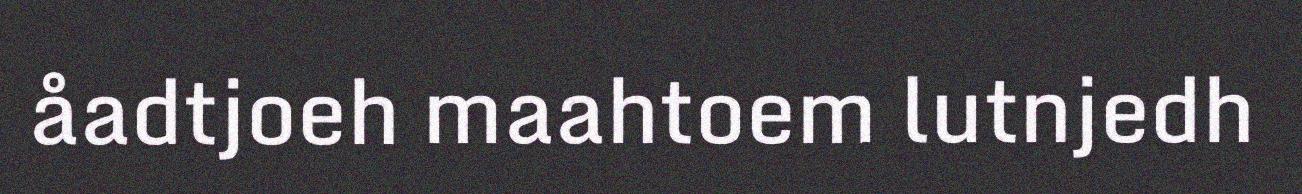
åadtjoeh maahtoem lutnjedh